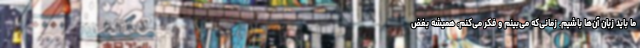
ما باید زبان آن‌ها باشیم. زمانی‌که می‌بینم و فکر می‌کنم، همیشه بغض